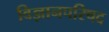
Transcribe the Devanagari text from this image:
विज्ञानपरिषद